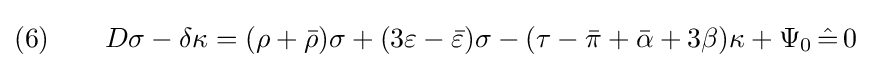
(6)\qquad D\sigma -\delta \kappa =(\rho +{\bar {\rho }})\sigma +(3\varepsilon -{\bar {\varepsilon }})\sigma -(\tau -{\bar {\pi }}+{\bar {\alpha }}+3\beta )\kappa +\Psi _{0}\,{\hat {=}}\,0